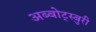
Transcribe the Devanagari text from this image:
अब्बोट्स्बुरी